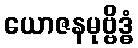
ယောဇနမုဗ္ဗိဒ္ဓံ